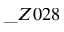
\_ Z 0 2 8